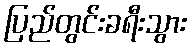
ပြည်တွင်းခရီးသွား